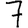
Digit: 7